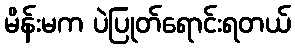
မိန်းမက ပဲပြုတ်ရောင်းရတယ်